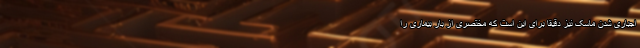
اجباری شدن ماسک نیز دقیقاً برای این است که مختصری از بار بیماری را